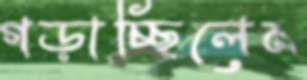
গড়াচ্ছিলেম